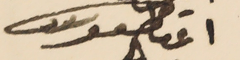
اغناطيوس